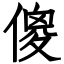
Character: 傻